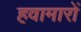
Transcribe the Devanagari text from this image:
हवामारों